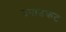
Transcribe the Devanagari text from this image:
उनाडकट